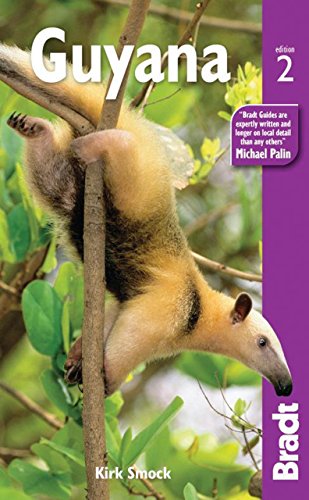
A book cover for Guyana (Bradt Travel Guide. Guyana); Kirk Smock; Travel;